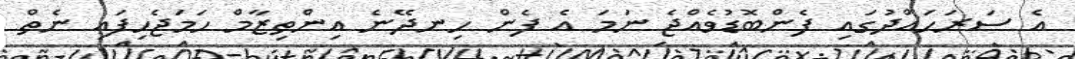
އެ ސަރަހައްދުގައި ފެންބޮޑުވެއްޖެ ނަމަ އެ ފެން ހިނދޭނެ އިންތިޒާމް ހަމަޖެހިފައި ނެތް